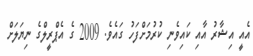
އެއީ އިޝާރު އާއި ކައިވެނި ކުރުމަށްފަހު ގައެވެ. 2009 ގެ އެޕްރީލްގެ ނިޔަލަށް